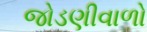
જોડણીવાળો